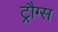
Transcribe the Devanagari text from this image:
ट्रौग्स